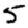
Digit: 5